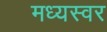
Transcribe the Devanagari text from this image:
मध्यस्वर